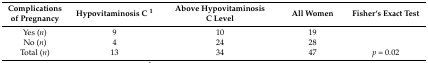
| Complications of Pregnancy | Hypovitaminosis C 1 | Above Hypovitaminosis C Level | All Women | Fisher‘s Exact Test |
 | --- | --- | --- | --- | --- |
 | Yes (n) | 9 | 10 | 19 |  |
 | No (n) | 4 | 24 | 28 |  |
 | Total (n) | 13 | 34 | 47 | p = 0.02 |